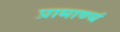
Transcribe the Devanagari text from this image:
प्रामाण्यं